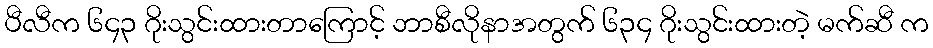
ပီလီက ၆၄၃ ဂိုးသွင်းထားတာကြောင့် ဘာစီလိုနာအတွက် ၆၃၄ ဂိုးသွင်းထားတဲ့ မက်ဆီ က